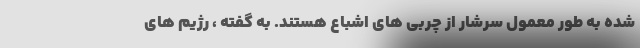
شده به طور معمول سرشار از چربی های اشباع هستند. به گفته ، رژیم های